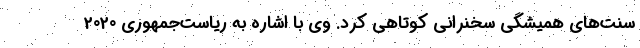
سنت‌های همیشگی سخنرانی کوتاهی کرد. وی با اشاره به ریاست‌جمهوری 2020